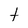
Character: t